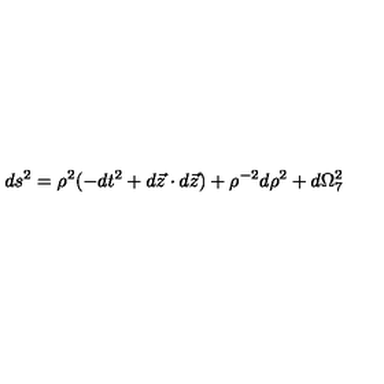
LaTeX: d s ^ { 2 } = \rho ^ { 2 } ( - d t ^ { 2 } + d \vec { z } \cdot d \vec { z } ) + \rho ^ { - 2 } d \rho ^ { 2 } + d \Omega _ { 7 } ^ { 2 }